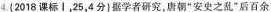
4.(2018课标Ⅰ，25，4分)据学者研究，唐朝”安史之乱”后百余